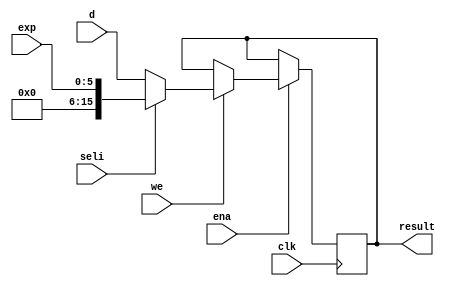
/////////////////////////////////////////////////////////////////////
////                                                             ////
////  OpenCores54 DSP, Temporary Register (TREG)                 ////
////                                                             ////
////          richard@asics.ws                                   ////
////          www.asics.ws                                       ////
////                                                             ////
/////////////////////////////////////////////////////////////////////
////                                                             ////
//// Copyright (C) 2002 Richard Herveille                        ////
////                    richard@asics.ws                         ////
////                                                             ////
//// This source file may be used and distributed without        ////
//// restriction provided that this copyright statement is not   ////
//// removed from the file and that any derivative work contains ////
//// the original copyright notice and the associated disclaimer.////
////                                                             ////
////     THIS SOFTWARE IS PROVIDED ``AS IS'' AND WITHOUT ANY     ////
//// EXPRESS OR IMPLIED WARRANTIES, INCLUDING, BUT NOT LIMITED   ////
//// TO, THE IMPLIED WARRANTIES OF MERCHANTABILITY AND FITNESS   ////
//// FOR A PARTICULAR PURPOSE. IN NO EVENT SHALL THE AUTHOR      ////
//// OR CONTRIBUTORS BE LIABLE FOR ANY DIRECT, INDIRECT,         ////
//// INCIDENTAL, SPECIAL, EXEMPLARY, OR CONSEQUENTIAL DAMAGES    ////
//// (INCLUDING, BUT NOT LIMITED TO, PROCUREMENT OF SUBSTITUTE   ////
//// GOODS OR SERVICES; LOSS OF USE, DATA, OR PROFITS; OR        ////
//// BUSINESS INTERRUPTION) HOWEVER CAUSED AND ON ANY THEORY OF  ////
//// LIABILITY, WHETHER IN  CONTRACT, STRICT LIABILITY, OR TORT  ////
//// (INCLUDING NEGLIGENCE OR OTHERWISE) ARISING IN ANY WAY OUT  ////
//// OF THE USE OF THIS SOFTWARE, EVEN IF ADVISED OF THE         ////
//// POSSIBILITY OF SUCH DAMAGE.                                 ////
////                                                             ////
/////////////////////////////////////////////////////////////////////
				
//
// NOTE: Read the pipeline information for the CMPS instruction
//

//
// Xilinx Virtex-E WC: 41 CLB slices @ 130MHz
//
									 
//  CVS Log														     
//																     
//  $Id: oc54_treg.v,v 1.1.1.1 2002-04-10 09:34:41 rherveille Exp $														     
//																     
//  $Date: 2002-04-10 09:34:41 $														 
//  $Revision: 1.1.1.1 $													 
//  $Author: rherveille $													     
//  $Locker:  $													     
//  $State: Exp $														 
//																     
// Change History:												     
//               $Log: not supported by cvs2svn $											 
																

module oc54_treg (
	clk, ena,
	seli, we, 
	exp, d,
	result
	);

//
// parameters
//

//
// inputs & outputs
//
input         clk;
input         ena;
input         seli;              // select input
input         we;                // store result
input  [ 5:0] exp;               // exponent encoder input
input  [15:0] d;                 // DB input
output [15:0] result;

reg [15:0] result;

//
// variables
//

//
// module body
//

//
// generate input selection
//

// result
always@(posedge clk)
	if (ena)
		if (we)
			result <= #1 seli ? {10'h0, exp} : d;
endmodule